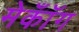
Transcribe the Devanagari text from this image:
मेकॉँग